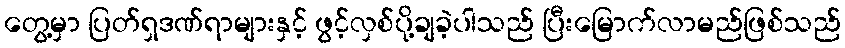
တွေ့မှာ ပြတ်ရှဒဏ်ရာများနှင့် ဖွင့်လှစ်ပို့ချခဲ့ပါသည် ပြီးမြောက်လာမည်ဖြစ်သည်